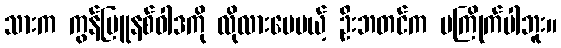
သားက ကွန်မြူနစ်ဝါဒကို လိုလားပေမယ့် ဦးဘတင်က မကြိုက်ပါဘူး။